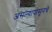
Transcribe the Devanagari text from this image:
असल्यापासूनचे